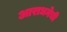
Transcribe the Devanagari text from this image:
आराधनेची